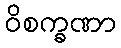
ဝိစက္ခဏာ